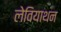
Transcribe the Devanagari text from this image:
लेवियाथन